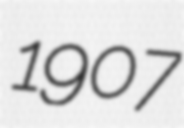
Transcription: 1907